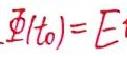
\(\varPhi (t_0)=E\)